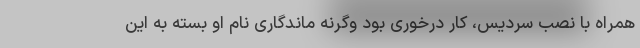
همراه با نصب سردیس، کار درخوری بود وگرنه ماندگاری نام او بسته به این